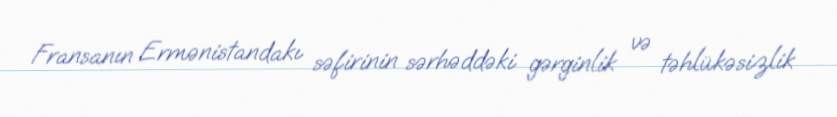
Fransanın Ermənistandakı səfirinin sərhəddəki gərginlik və təhlükəsizlik